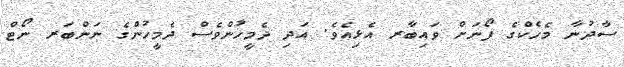
ސާދުނާ މެހެކްގެ ފޯނަށް ވައިބާރ އެޅިއެވެ. އަދި ދެމީހުންވެސް ދެމީހުންގެ ނަންބަރ ނޯޓް